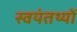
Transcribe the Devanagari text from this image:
स्वयंतथ्यों